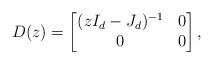
\begin{align*}D(z) = \begin{bmatrix} (zI_d-J_d)^{-1} & 0 \\ 0 & 0\end{bmatrix},\end{align*}